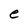
Character: e